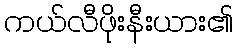
ကယ်လီဖိုးနီးယား၏